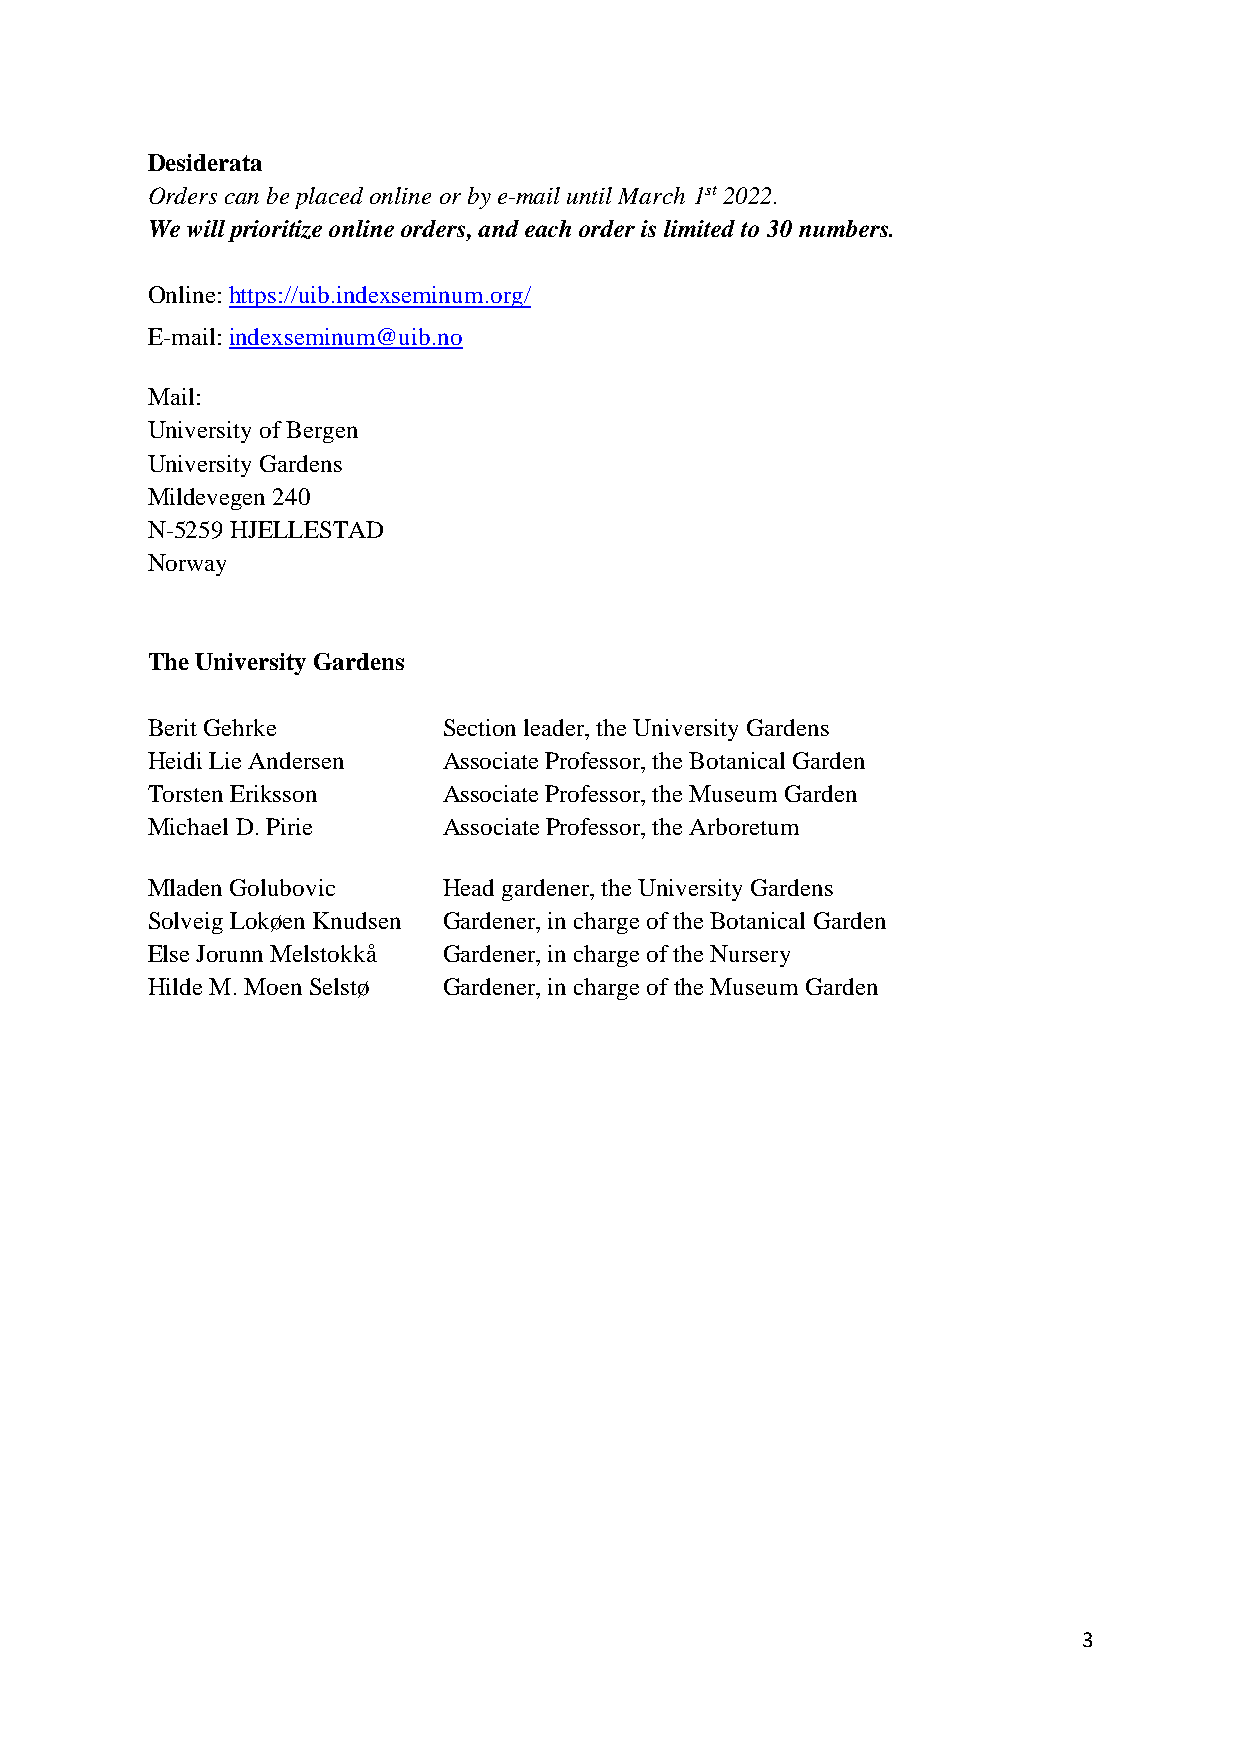
Desiderata
 Orders can be placed online or by e-mail until March 1st 2022.
 We will prioritize online orders, and each order is limited to 30 numbers.
 Online: https://uib.indexseminum.org/
 E-mail: indexseminum@uib.no
 Mail:
 University of Bergen
 University Gardens
 Mildevegen 240
 N-5259 HJELLESTAD
 Norway
 The University Gardens
 Berit Gehrke       Section leader, the University Gardens
 Heidi Lie Andersen Associate Professor, the Botanical Garden
 Torsten Eriksson   Associate Professor, the Museum Garden
 Michael D. Pirie   Associate Professor, the Arboretum
 Mladen Golubovic   Head gardener, the University Gardens
 Solveig Lokøen Knudsen Gardener, in charge of the Botanical Garden
 Else Jorunn Melstokkå Gardener, in charge of the Nursery
 Hilde M. Moen Selstø Gardener, in charge of the Museum Garden
 3